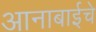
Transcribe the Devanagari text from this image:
आनाबाईचे